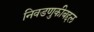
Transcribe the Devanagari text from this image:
निवडणुकीबद्दल